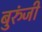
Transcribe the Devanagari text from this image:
बुरुंजी